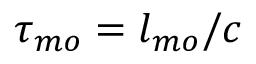
\tau _ { m o } = l _ { m o } / c